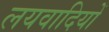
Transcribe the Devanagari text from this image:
लयवादियों